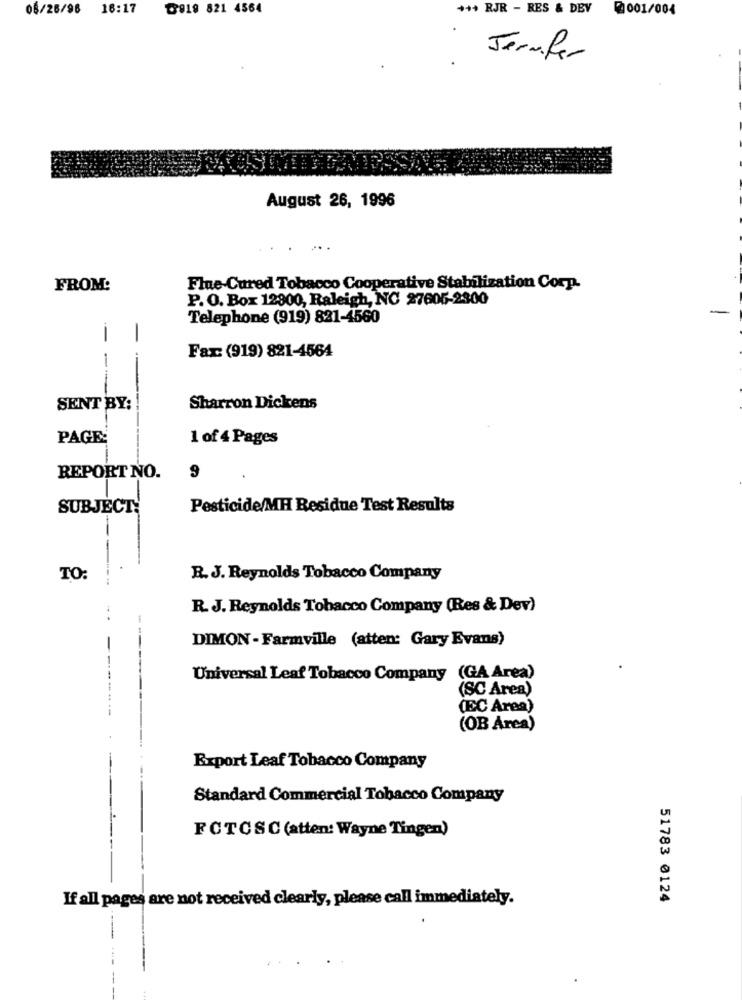
05/26/96 16:17
৳819 821 4564
+++ RJR - RES & DBV
2001/004
Jennifer
August 26, 1996
...
FROM:
Flue-Cured Tobacco Cooperative Stabilization Corp.
P. O. Box 12900, Raleigh, NC 27605-2300
Telephone (919) 821-4560
-
Fax: (919) 821-4564
-
SENT BY:
Sharron Dickens
PAGE:
1 of 4 Pages
REPORT NO.
9
SUBJECT:
Pesticide/MH Residue Test Results
TO:
R. J. Reynolds Tobacco Company
R. J. Reynolds Tobacco Company (Res & Dev)
DIMON - Farmville (atten: Gary Evans)
Universal Leaf Tobacco Company (GA Area)
(SC Area)
(EC Area)
(OB Area)
Export Leaf Tobacco Company
Standard Commercial Tobacco Company
FCTCSC (atten: Wayne Tingen)
If all pages are not received clearly, please call immediately.
51783 0124